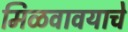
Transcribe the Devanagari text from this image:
मिळवावयाचे